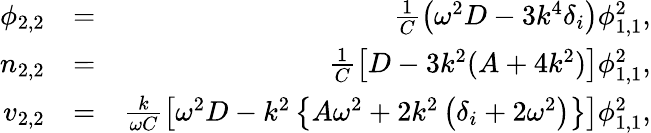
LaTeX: \begin{array}{rlr}{\phi_{2,2}}&{=}&{\frac{1}{C}\left(\omega^{2}D-3k^{4}\delta_{i}\right)\phi_{1,1}^{2},}\\ {n_{2,2}}&{=}&{\frac{1}{C}\left[D-3k^{2}(A+4k^{2})\right]\phi_{1,1}^{2},}\\ {v_{2,2}}&{=}&{\frac{k}{\omega C}\left[\omega^{2}D-k^{2}\left\{ A\omega^{2}+2k^{2}\left(\delta_{i}+2\omega^{2}\right)\right\} \right]\phi_{1,1}^{2},}\end{array}